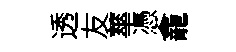
透友蕐憑龕